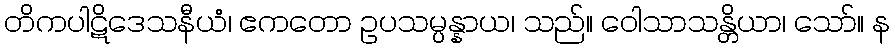
တိကပါဋိဒေသနီယံ၊ ဧကတော ဥပသမ္ပန္နာယ၊ သည်။ ဝေါသာသန္တိယာ၊ သော်။ န